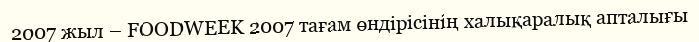
2007 жыл – FOODWEEK 2007 тағам өндірісінің халықаралық апталығы